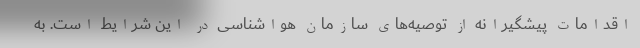
اقدامات پیشگیرانه از توصیه‌های سازمان هواشناسی در این شرایط است. به